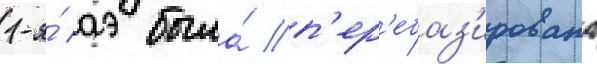
1-я́ аэ была́ п'ер'ебаз'ирована